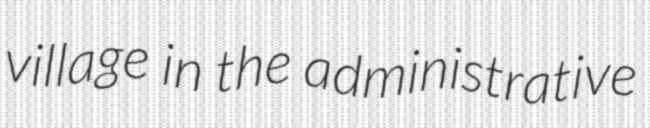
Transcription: village in the administrative